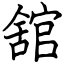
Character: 舘